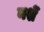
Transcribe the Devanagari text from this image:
नशें